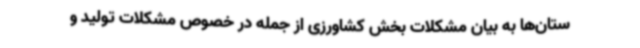
ستان‌ها به بیان مشکلات بخش کشاورزی از جمله در خصوص مشکلات تولید و